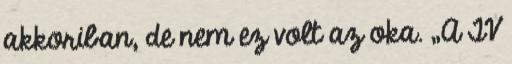
akkoriban, de nem ez volt az oka. „A TV